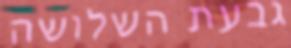
גבעת השלושה